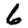
Digit: 6